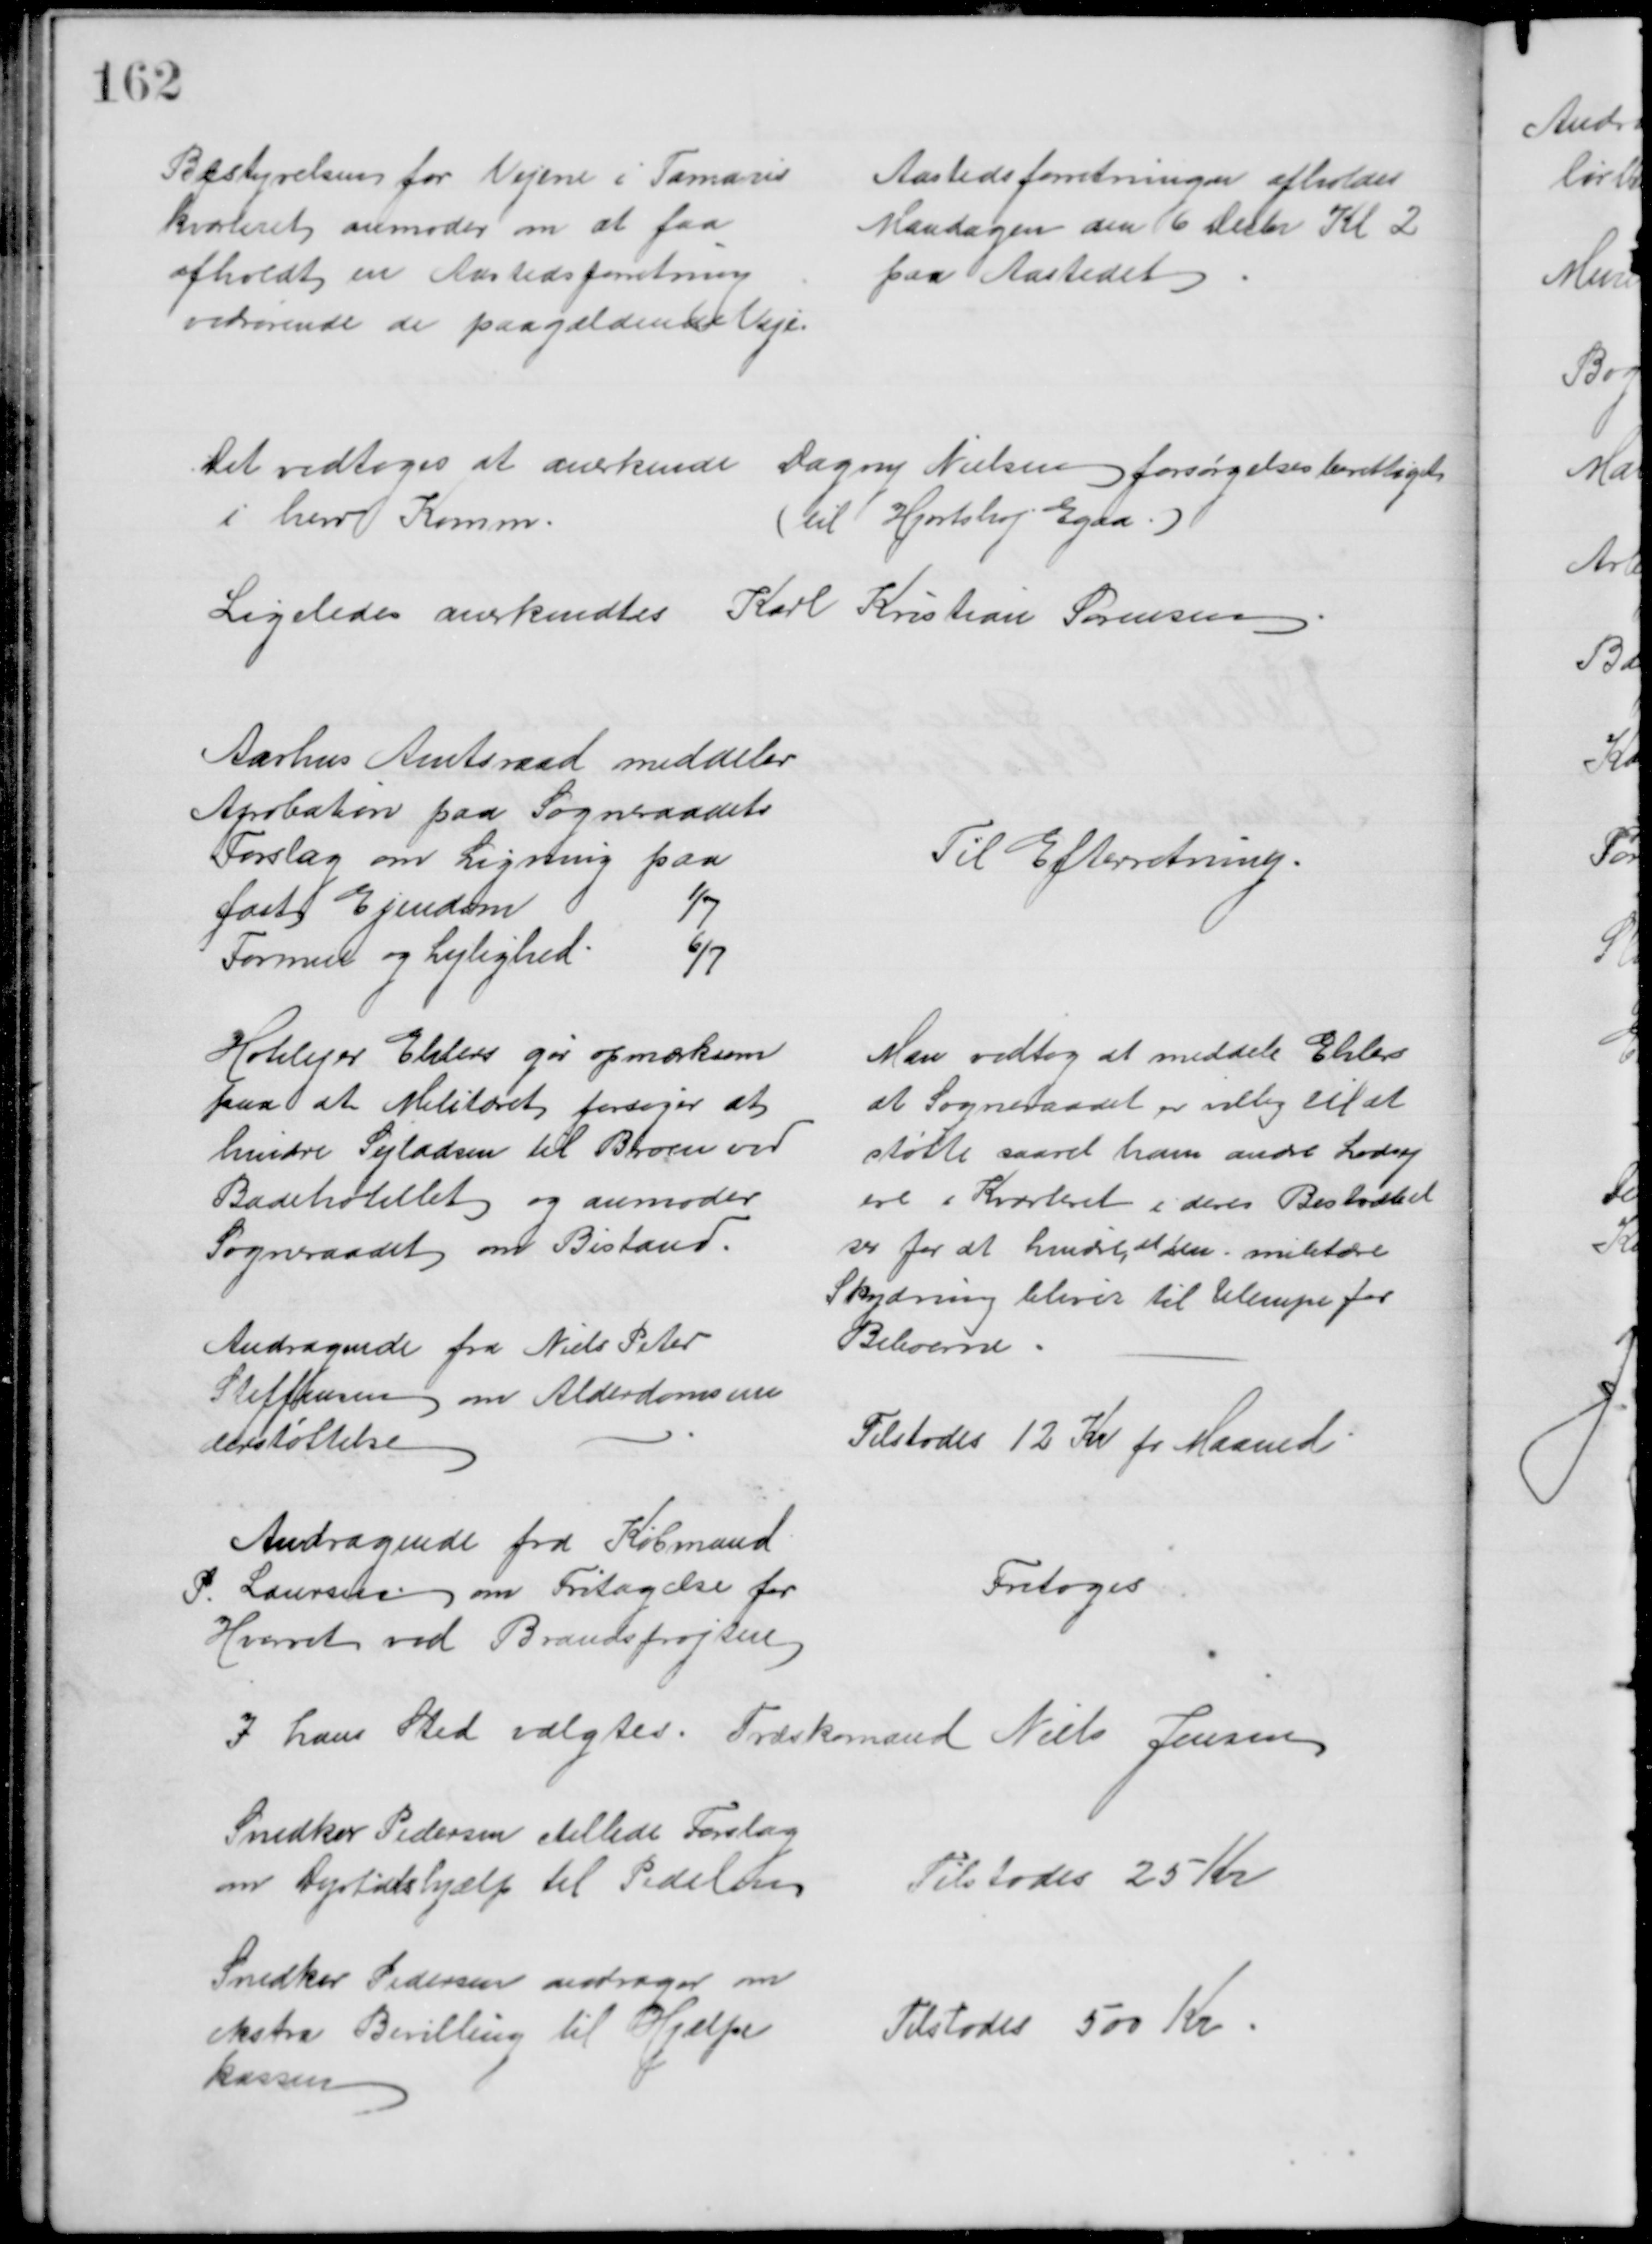
Transskription:
Bestyrelsen for Vejene i Tamaris
kvarteret anmoder om at faa
afholdt en Aastedsforretning
vedrørende de paagældende Veje.
Aastedsforretningen afholdes
Mandagen den 6 Decbr Kl 2
paa Aastedet
Det vedtoges at anerkende Dagny Nielsen forsørgelsesberettiget
i herv Komm.
(til Hjortshøj Egaa.).
Ligeledes anerkendtes Karl Kristian Sørensen
Aarhus Amtsraad meddeler
Apobation paa Sogneraadets
Forslag om Ligning paa
fast Ejendom
1/7
Formue og Lejlighed
6/7
Til Efterretning.
Hotelejer Ehlers gør opmærksom
paa at Militæret forsøger at
hindre Sejladsen til Broen ved
Badehotellet og anmoder
Sogneraadet om Bistand.
Man vedtog at meddele Ehlers
at Sogneraadet er villig til at 
støtte saavel ham andre Lodsej
ere i Kvarteret i deres Bestræbel
ser for at hindre, at den militære
Skydning bliver til Ulempe for
Beboerne
Andragende fra Niels Peter
Steffensen om Alderdomsun
derstøttelse
Tilstodes 12 Kr pr Maaned
Andragende fra Købmand
P. Laursen om Fritagelse for
Hvervet ved Brandsprøjten
Fritoges
I hans Sted valgtes. Træskomand Niels Jensen
Snedker Pedersen stillede Forslag
om Dyrtidshjælp til Pedelen
Tilstodes 25 Kr
Snedker Pedersen andrager om
ekstra Bevilling til Hjælpe
kassen
Tilstodes 500 Kr